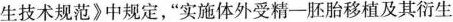
生技术规范》中规定，”实施体外受精-胚胎移植及其衍生